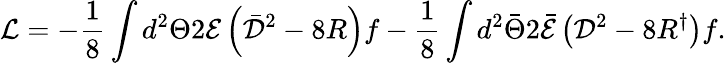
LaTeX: {\mathcal{L}}=-\frac{1}{8}\int{d^{2}\Theta 2{\mathcal{E}}\left(\bar{\mathcal{D}}^{2}-8R\right)f}-\frac{1}{8}\int{d^{2}\bar{\Theta}2\bar{\mathcal{E}}\left({\mathcal{D}}^{2}-8R^{\dagger}\right)f}.